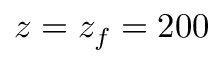
z = z _ { f } = 2 0 0